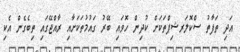
އަދި ތަފާތު ސްކޮލަރޝިޕްތަކަށް ކުދިން ހޮވައި ބޭރު ގައުމުތަކަށާއި ރާއްޖޭގައި ތިބެގެން އެކި